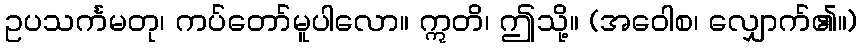
ဥပသင်္ကမတု၊ ကပ်တော်မူပါလော။ ဣတိ၊ ဤသို့။ (အဝေါစ၊ လျှောက်၏။)